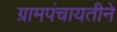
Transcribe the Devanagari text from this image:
ग्रामपंचायतीने